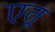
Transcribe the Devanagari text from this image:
एतू